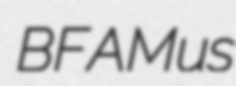
BFAMus